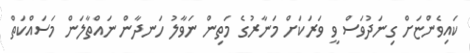
ކައިވެންޏަށް ގިނަދުވަސް ވީ ވަރަކަށް މަނާރުގެ މަތިން ނަވާލު ހަނދާން ނައްތާލަން މަސައްކަތް